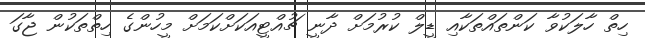
ހިތް ހާލަކުވާ ކަންތައްތަކާއި ޑީލް ކުރުމަށް ދާނީ ޗުއްޓީއަކަށްކަމަށް މީހުންގެ ހިތްތަކުން ޖާގަ